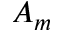
A _ { m }